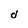
Character: d